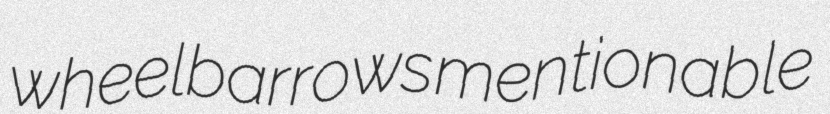
wheelbarrows mentionable